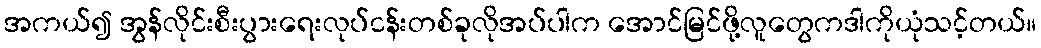
အကယ်၍ အွန်လိုင်းစီးပွားရေးလုပ်ငန်းတစ်ခုလိုအပ်ပါက အောင်မြင်ဖို့လူတွေကဒါကိုယုံသင့်တယ်။